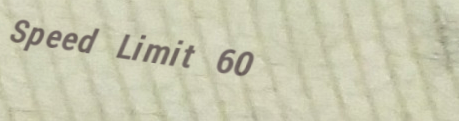
Speed Limit 60